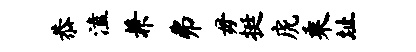
恭溘兼弗毋挺虎乘址